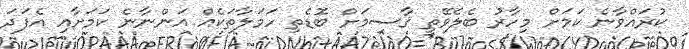
ކުރައްވާނެ ކަމަށް މިހާރު ބެލެވޭތީ ޤާސިމަށް ބޮޑެތި ހަމަލާތަކެއް އަންނާނެ ކަމަށާއި އެފަދަ